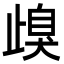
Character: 㱗